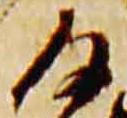
沙